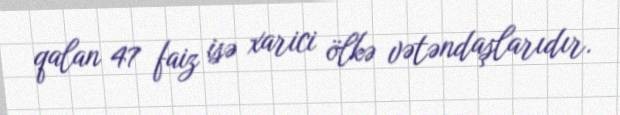
qalan 47 faiz isə xarici ölkə vətəndaşlarıdır.